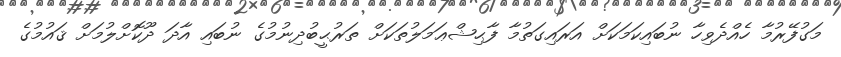
މަގުފޭރުމާ ހެއްދެވިހާ ނުބައިކަމަކަށް އަރައިގަތުމާ ފާޙިޝްޢަމަލުތަކަށް ތަރުޙީބުދިނުމުގެ ނުބައި އާދަ ދޫކޮށްލުމަށް ޤައުމުގެ